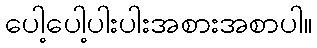
ပေါ့ပေါ့ပါးပါးအစားအစာပါ။